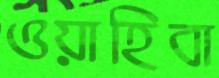
ওয়াহিবা